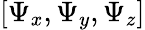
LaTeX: [\Psi_{x},\Psi_{y},\Psi_{z}]